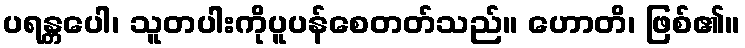
ပရန္တပေါ၊ သူတပါးကိုပူပန်စေတတ်သည်။ ဟောတိ၊ ဖြစ်၏။